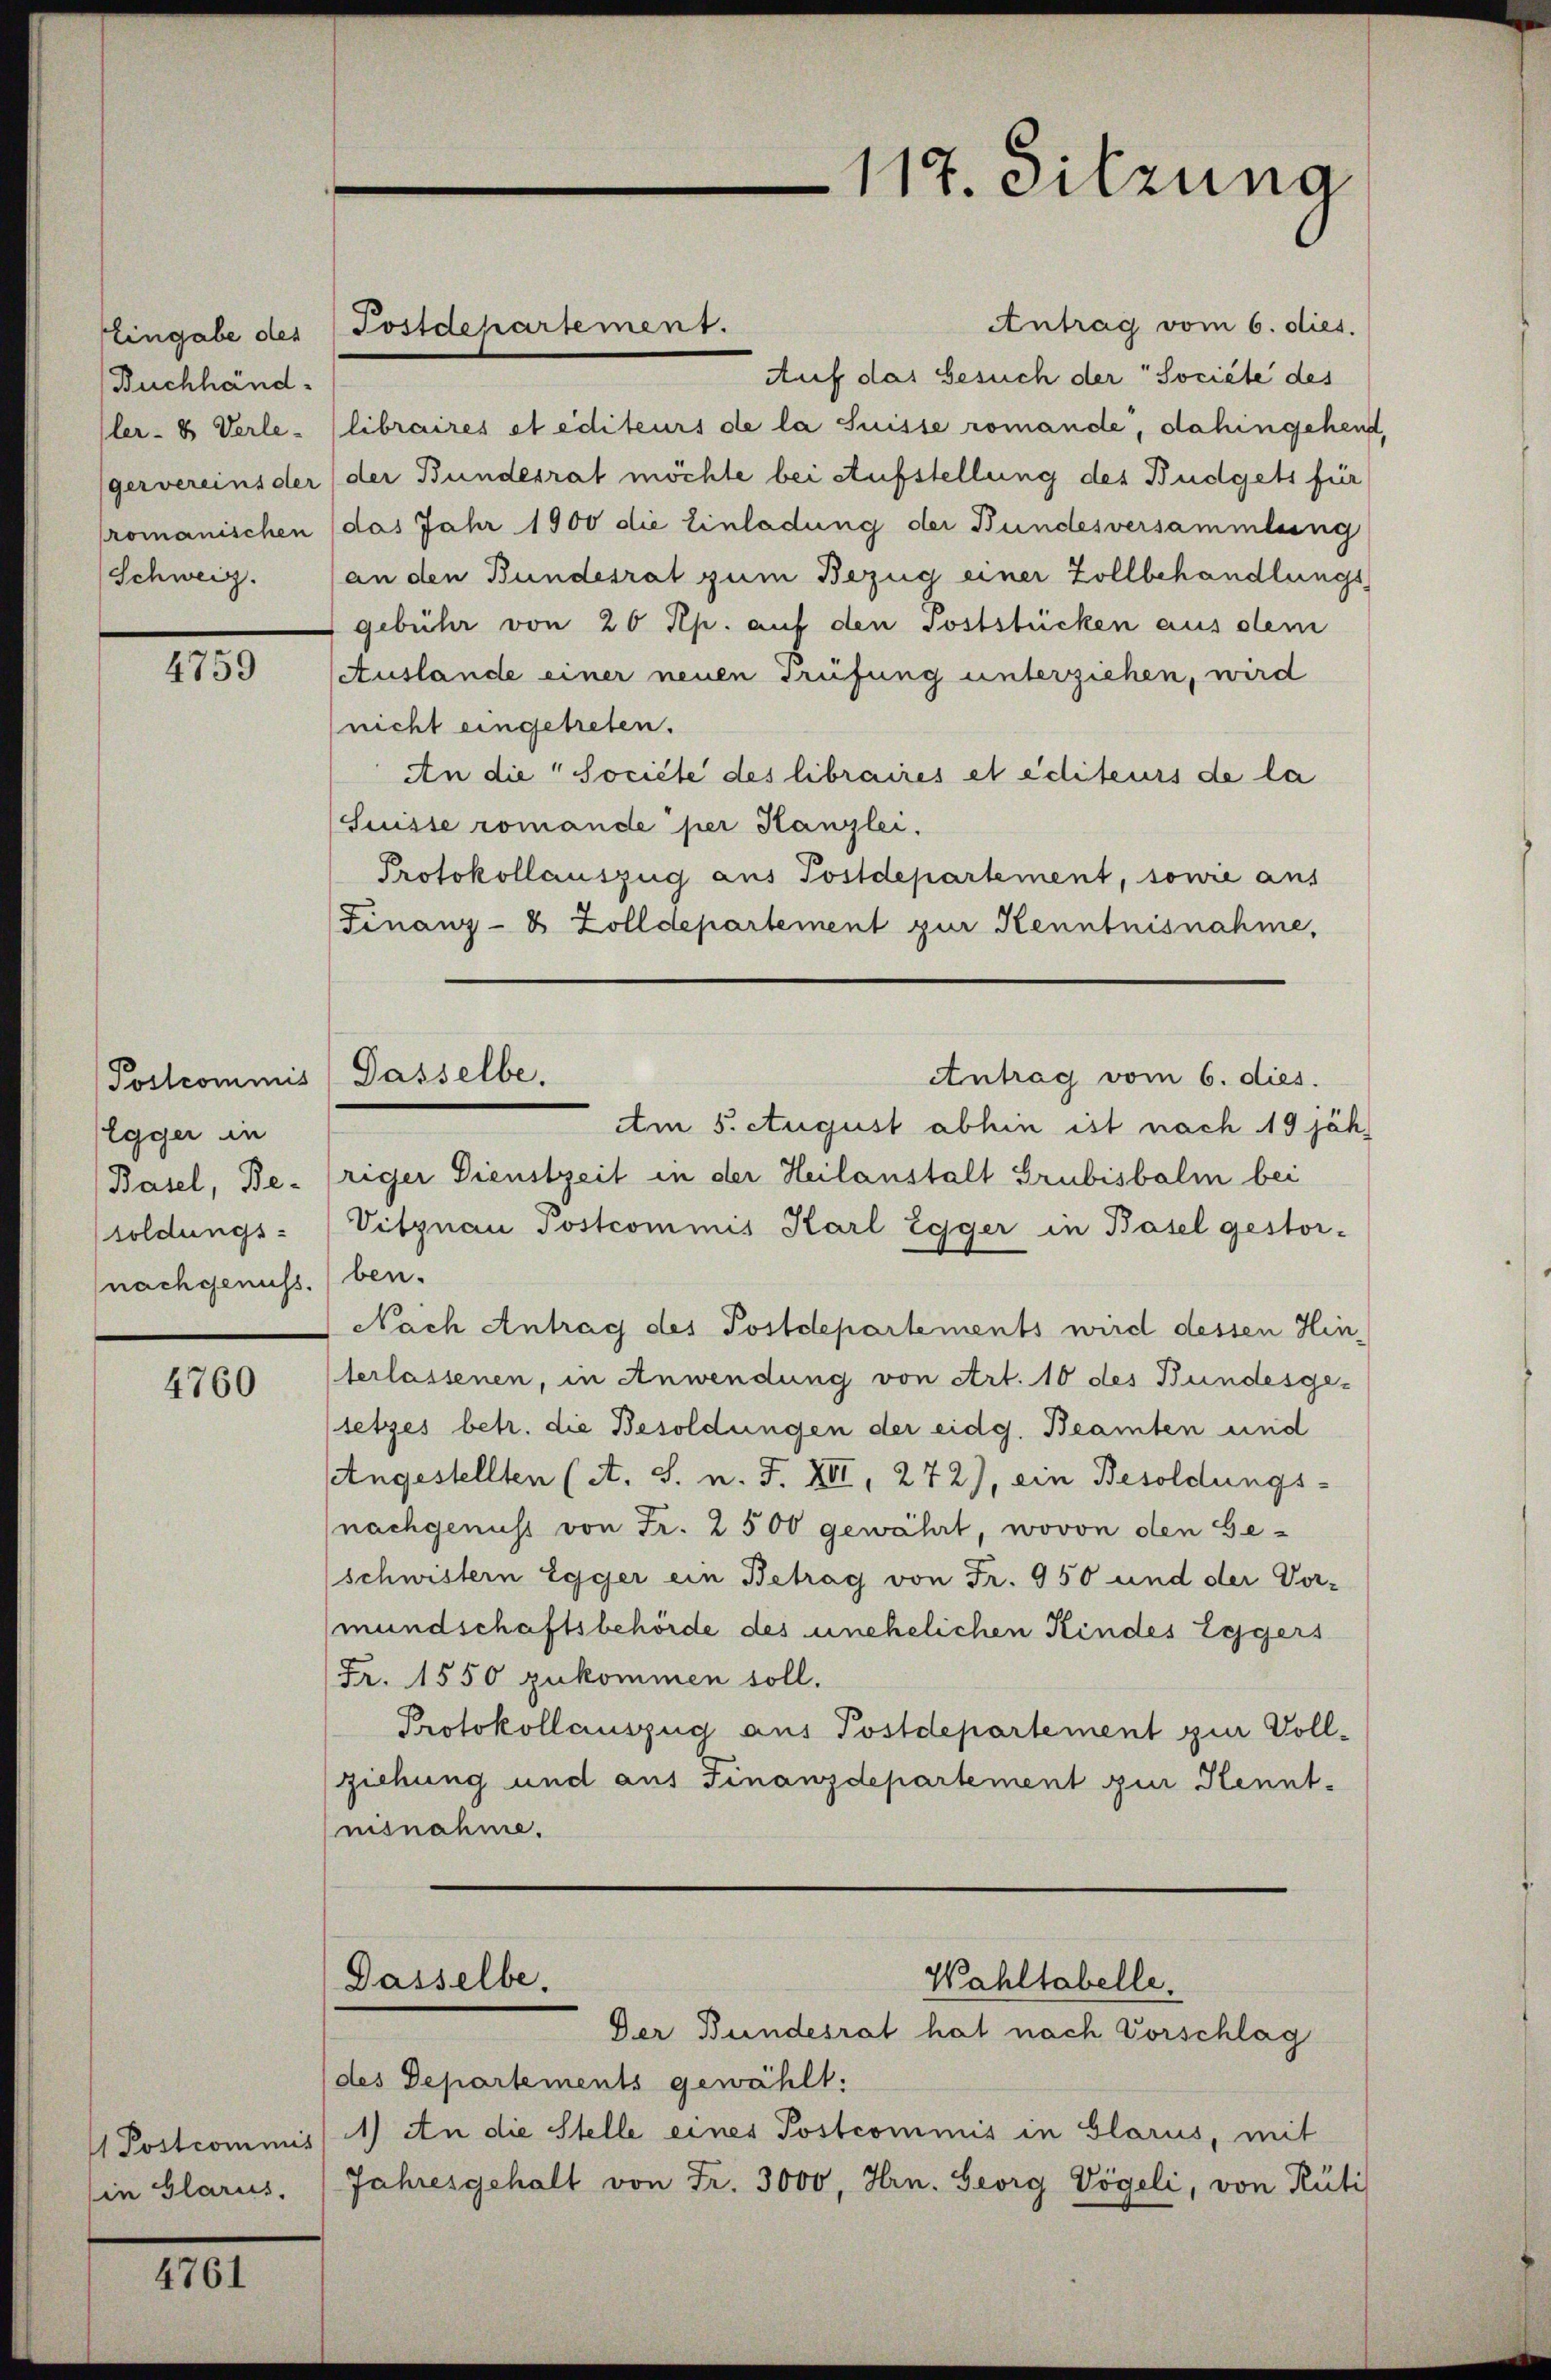
Buchhänd
ler- & Verle-
gervereins der
romanischen
Schweiz.

4759

Postcommis
Egger in
Basel, Be-
soldungs-
nachgenuss.

4760

in Glarus,

4761

Antrag vom 6. dies.
Auf das besuch der "Société des
libraires et editeurs de la Suisse romande, dahingehend,
der Bundesrat möchte bei Aufstellung des Budgets für
das Jahr 1900 die Einladung der Bundesversammlung
an den Bundesrat zum Bezug einer Zollbehandlungs
gebühr von 20 Rp. auf den Poststücken aus dem
(Auslande einer neuen Trüfung unterziehen, wird
nicht eingetreten.
An die Société des libraires et éditeurs de la
(Suisse romande per Kanzlei.
Protokollauszug aus Postdepartement, sowie aus
Finanz-8 Zolldepartement zur Kenntnisnahme,
Antrag vom 6. dies.
Am 5. August abhin ist nach 19 jähriger Dienstzeit in der Heilanstalt Grubisbalm bei
Vitznau Postcommis Karl Egger in Basel gestor-
ben.
Nach Antrag des Postdepartements wird dessen Hinterlassenen, in Anwendung von Art. 10 des Bundesgesetzes betr. die Besoldungen der eidg. Beamten und
Angestellten (A. S. n. F. XII, 272), ein Besoldungs-
(nachgenuss von Fr. 2500 gewährt, wovon den Ge-
(schwistern Egger ein Betrag von Fr. 950 und der Vor-
mundschaftsbehörde des unehelichen Kindes Eggers
Fr. 1550 zukommen soll.
Protokollauszug aus Postdepartement zur Vollziehung und aus Finanzdepartement zur Kenntnisnahme.

Eingabe der (Postdepartement.

Passelbe.

117. Sitzung

Wahltabelle.
Dasselbe.

Der Bundesrat hat nach Vorschlag
(des Departements gewählt:
 Postcommiss 1) An die Stelle eines Postcommis in Glarus, mit
Jahresgehalt von Fr. 3000, Hrn. Georg Vögeli, von Rüti